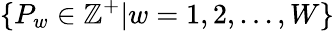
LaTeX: \{ P_{w}\in\mathbb{Z}^{+}|w=1,2,...,W\}